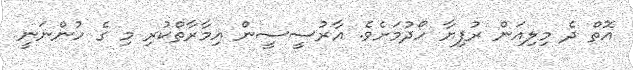
އޮތް ދެ މިލިއަން ރުފިޔާ ހޯދުމަށެވެ. އާރުސީސީން އިމާރާތްކުރި މި ގެ ހުންނަނީ